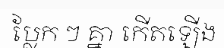
ប្លែក ៗ គ្នា កើតឡើង